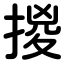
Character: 㨑